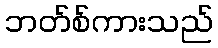
ဘတ်စ်ကားသည်